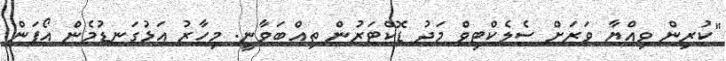
"ކުރިން ވިއްޔާ ވަރަށް ސެލެކްޓިވް މަދު ޑޮކްޓަރުން ތިއްބަވާނީ. މިހާރު އަޅުގަނޑުމެން އޯޕަން